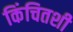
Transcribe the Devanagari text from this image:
किंचितशी